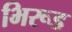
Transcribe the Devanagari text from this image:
भिरूड